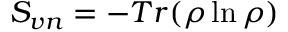
S _ { v n } = - T r ( \rho \ln \rho )